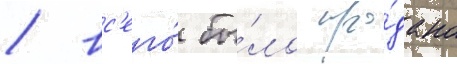
/ вс'его́ бы́ло про́дано